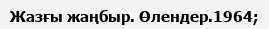
Жазғы жаңбыр. Өлендер.1964;